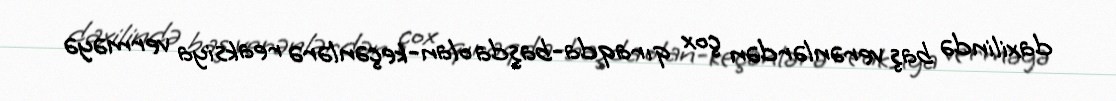
daxilində baş verənlərdən çox qıraqda-başda olan-keçənlərə reaksiya verməyə